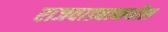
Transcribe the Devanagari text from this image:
राजवाड्यामधील